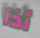
أذآ